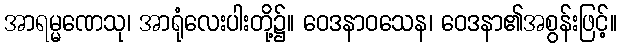
အာရမ္မဏေသု၊ အာရုံလေးပါးတို့၌။ ဝေဒနာဝသေန၊ ဝေဒနာ၏အစွန်းဖြင့်။